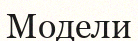
Модели